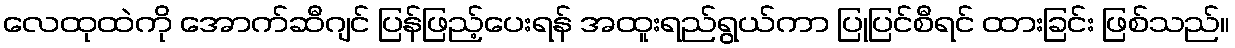
လေထုထဲကို အောက်ဆီဂျင် ပြန်ဖြည့်ပေးရန် အထူးရည်ရွယ်ကာ ပြုပြင်စီရင် ထားခြင်း ဖြစ်သည်။